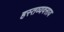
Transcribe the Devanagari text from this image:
हस्तव्यवसाय